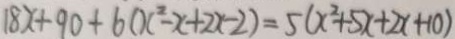
1 8 x + 9 0 + 6 ( x ^ { 2 } - x + 2 x - 2 ) = 5 ( x ^ { 2 } + 5 x + 2 x + 1 0 )